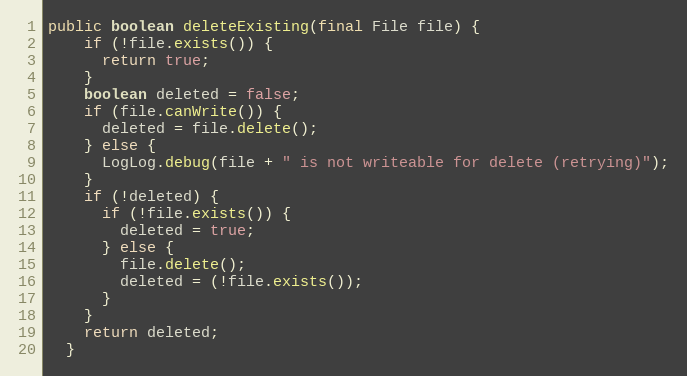
Language: Java
public boolean deleteExisting(final File file) {
    if (!file.exists()) {
      return true;
    }
    boolean deleted = false;
    if (file.canWrite()) {
      deleted = file.delete();
    } else {
      LogLog.debug(file + " is not writeable for delete (retrying)");
    }
    if (!deleted) {
      if (!file.exists()) {
        deleted = true;
      } else {
        file.delete();
        deleted = (!file.exists());
      }
    }
    return deleted;
  }